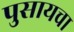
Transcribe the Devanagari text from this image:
पुसायचा